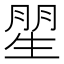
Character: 𱰙